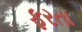
ફરતા